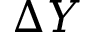
\Delta Y